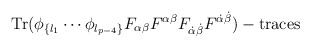
\begin{align*}\hbox{Tr}(\phi_{\{l_1}\cdots\phi_{l_{p-4}\}}F_{\alpha\beta}F^{\alpha \beta}F_{\dot\alpha \dot\beta}F^{\dot\alpha\dot\beta})-\hbox{traces}\end{align*}